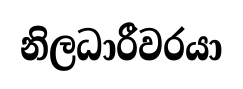
නිලධාරීවරයා